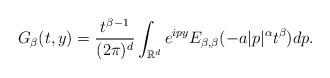
LaTeX: \begin{align*}G_{\beta}(t,y)=\frac{t^{\beta-1}}{(2\pi)^{d}}\int_{\mathbb{R}^{d}}e^{ipy}E_{\beta,\beta}(-a|p|^{\alpha}t^{\beta})dp.\end{align*}